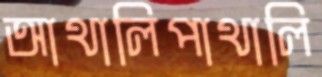
আথালিপাথালি